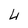
Character: 4